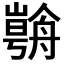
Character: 𱽀